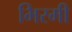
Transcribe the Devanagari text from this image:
भिरमी